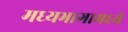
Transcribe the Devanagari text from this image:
मध्यभागामध्ये